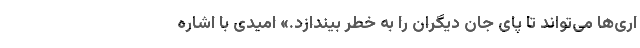
اری‌ها می‌تواند تا پای جان دیگران را به خطر بیندازد.» امیدی با اشاره